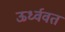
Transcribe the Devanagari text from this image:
ऊर्ध्ववत